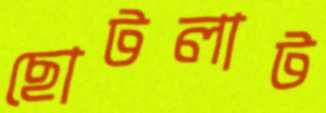
ছোটলাট